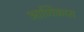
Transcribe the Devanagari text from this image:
आणिकास